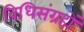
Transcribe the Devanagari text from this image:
विधिसंग्रहों